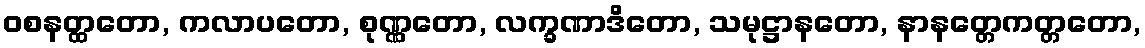
ဝစနတ္ထတော, ကလာပတော, စုဏ္ဏတော, လက္ခဏာဒိတော, သမုဋ္ဌာနတော, နာနတ္တေကတ္တတော,